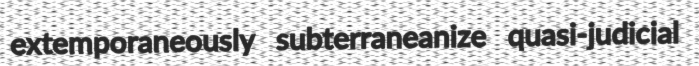
extemporaneously subterraneanize quasi-judicial